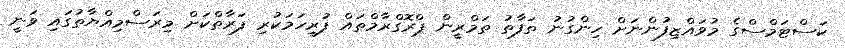
ކަސްޓަމްސްގެ މުވައްޒިފުންނަށް ހިންގުނު ތަފާތު ތަމްރީން ޕްރޮގްރާމްތައް ފުރިހަމަކުރި ފަރާތްކަށް މިރަސްމިއްޔާތުގައި ވަނީ